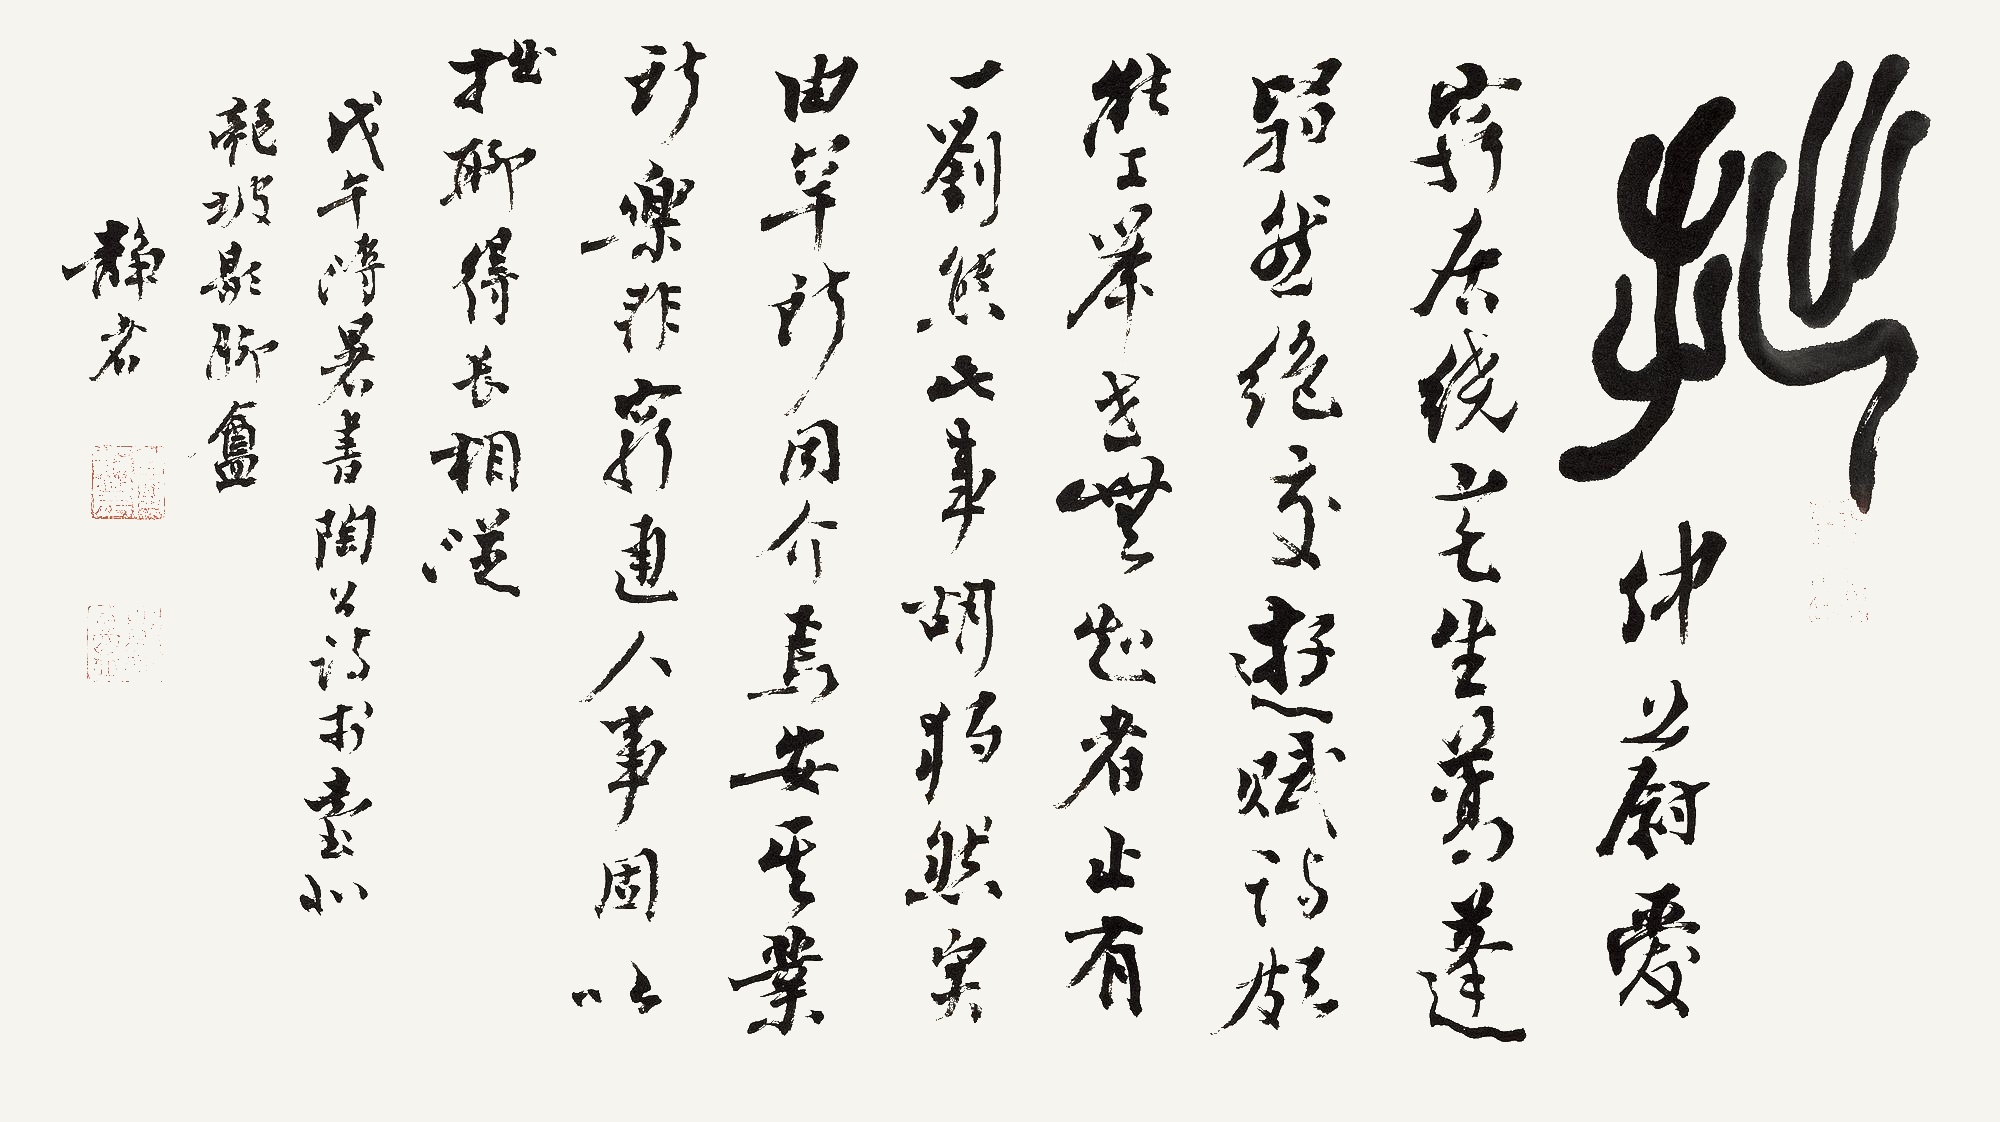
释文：拙。仲蔚爱穷居，绕宅生蒿蓬。翳然绝交游，赋诗颇能工。举世无知者，止有一刘熊。此事胡独然，实由罕所同。介焉安其业，所乐非穷通。人事固以拙，聊得长相从。戊午溽暑书陶公诗于台北龙坡歇脚庵。静者。